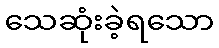
သေဆုံးခဲ့ရသော